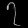
Digit: ၇